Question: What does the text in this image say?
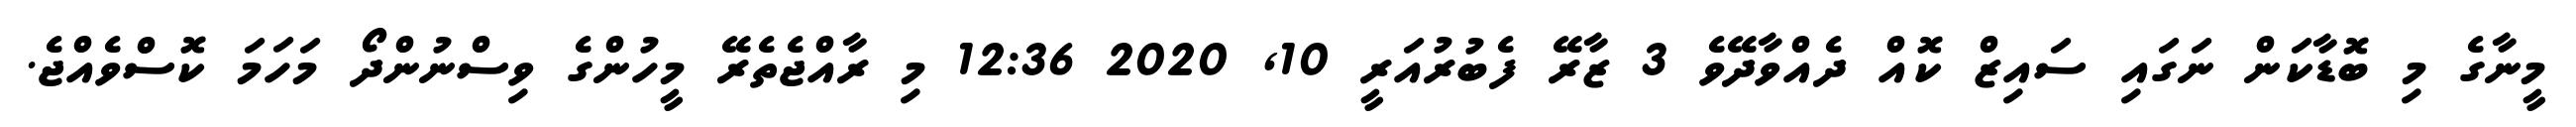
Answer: މީނާގެ މި ބޮޑާކަން ނަގައި ސައިޒް ކޮއް ދެއްވާދޭވެ 3 ޒާރޭ ފެބުރުއަރީ 10, 2020 12:36 މި ރާއްޖެތެރޭ މީހުންގެ ވިސްނުންދޯ މަހަމަ ކޮސްވެއްޖެ.